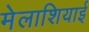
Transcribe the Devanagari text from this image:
मेलाशियाई